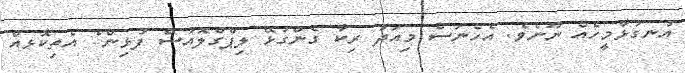
އުނގުޅާމީހެއް ނޫނެވެ. އެހެނަސް މިއަދު ރިކާ ގެންގުޅޭ ލިޕްގްލޮއުސް ފުޅިން ެ އެތިކޮޅއް